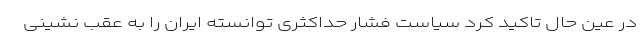
در عین حال تاکید کرد سیاست فشار حداکثری توانسته ایران را به عقب نشینی